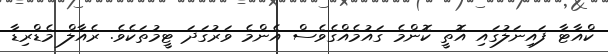
ކްއާޓާ ފައިނަލުގައި އޮތީ ކޮންމެ ގައުމެއްގެވެސް އެންމެ ވަރުގަދަ ޓީމުތަކެވެ. ރެއާލް މެޑްރިޑާ